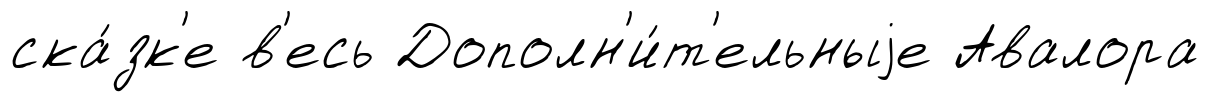
ска́зк'е в'есь Дополн'и́т'ельныjе Авалора